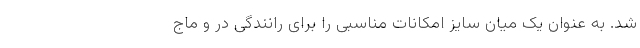
شد. به عنوان یک میان سایز امکانات مناسبی را برای رانندگی در و ماج